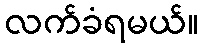
လက်ခံရမယ်။